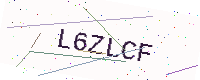
Text: L6ZLCF